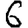
Digit: 6